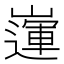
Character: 𡽅